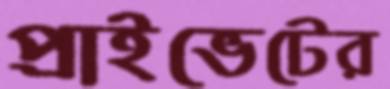
প্রাইভেটের